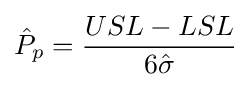
{\hat {P}}_{p}={\frac {USL-LSL}{6{\hat {\sigma }}}}